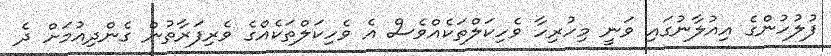
ފުލުހުންގެ އިއުލާނުގައި ވަނީ މިހުރިހާ ވެހިކަލްތަކެއްވެސް އެ ވެހިކަލްތަކެއްގެ ވެރިފަރާތުން ގެންދިއުމަށް ދެ